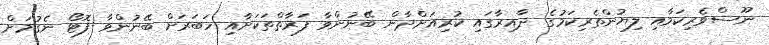
ނޫސްވެރިކަމާއި ލިޔުންތެރިކަމުގެ ދާއިރާގައި ކުރިއަށްދާން ބޭނުންވާ ފަރާތްތަކަށާއި ހަބަރަށް ބޭނުންވާ ފޮޓޯ ނެގުމަށް